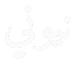
نيوني